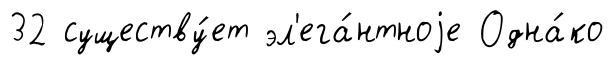
32 существу́ет эл'ега́нтноjе Одна́ко